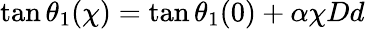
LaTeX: \tan\theta_{1}(\chi)=\tan\theta_{1}(0)+\alpha\chi Dd